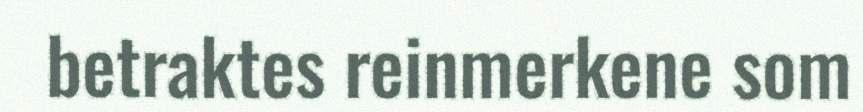
betraktes reinmerkene som